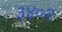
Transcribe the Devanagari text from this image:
३४०२